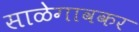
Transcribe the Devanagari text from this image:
साळेगावकर